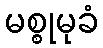
မစ္စုမုခံ